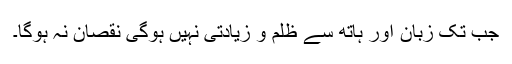
جب تک زبان اور ہاتھ سے ظلم و زیادتی نہیں ہوگی نقصان نہ ہوگا۔